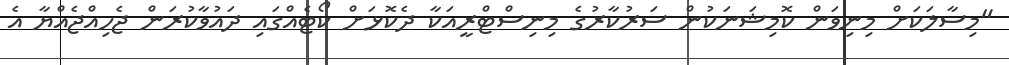
"މިސާލަކަށް މިނިވަން ކޮމިޝަނަކުން ސަރުކާރުގެ މިނިސްޓްރީއަކާ ދެކޮޅަށް ކޯޓެއްގައި ދައުވާކުރަން ޖެހިއްޖެއްޔާ އެ